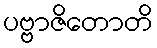
ပဗ္ဗာဇိတောတိ